Civil Veterinary Dept. Bombay admin report 1923-31 - 1923-1931
Year: 1923
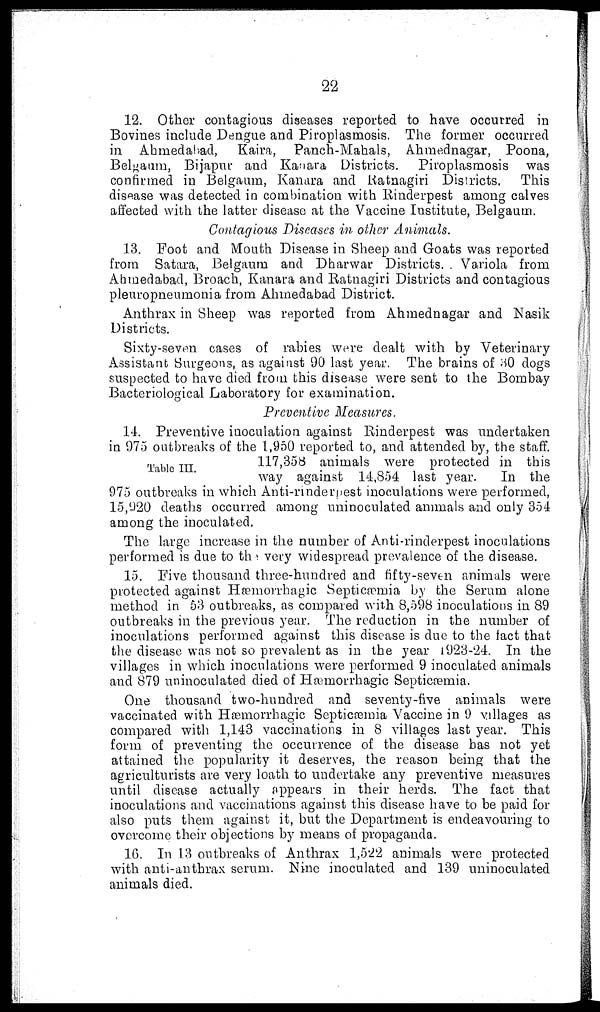
22
12. Other contagious diseases reported to have occurred in
Bovines include Dengue and Piroplasmosis. The former occurred
in Ahmedabad, Kaira, Panch-Mahals, Ahmednagar, Poona,
Belgaum, Bijapur and Kanara Districts. Piroplasmosis was
confirmed in Belgaum, Kanara and Ratnagiri Districts. This
disease was detected in combination with Rinderpest among calves
affected with the latter disease at the Vaccine Institute, Belgaum.
Contagious Diseases in other Animals.
13. Foot and Mouth Disease in Sheep and Goats was reported
from Satara, Belgaum and Dharwar Districts. Variola from
Ahmedabad, Broach, Kanara and Ratnagiri Districts and contagious
pleuropneumonia from Ahmedabad District.
Anthrax in Sheep was reported from Ahmednagar and Nasik
Districts.
Sixty-seven cases of rabies were dealt with by Veterinary
Assistant Surgeons, as against 90 last year. The brains of HO dogs
suspected to have died from this disease were sent to the Bombay
Bacteriological Laboratory for examination.
Preventive Measures.
Table III.
14. Preventive inoculation against Rinderpest was undertaken
in 975 outbreaks of the 1,950 reported to, and attended by, the staff.
117,358 animals were protected in this
way against 14,854 last year.
In the
975 outbreaks in which Anti-rinderpest inoculations were performed,
15,920 deaths occurred among uninoculated animals and only 354
among the inoculated.
The large increase in the number of Anti-rinderpest inoculations
performed is due to the very widespread prevalence of the disease.
15. Five thousand three-hundred and fifty-seven animals were
protected against Hemorrhagic Septicæmia by the Serum alone
method in 53 outbreaks, as compared with 8,598 inoculations in 89
outbreaks in the previous year. The reduction in the number of
inoculations performed against this disease is due to the fact that
the disease was not so prevalent as in the year 1923-24. In the
villages in which inoculations were performed 9 inoculated animals
and 879 uninoculated died of Hemorrhagic Septicemia.
One thousand two-hundred and seventy-five animals were
vaccinated with Hemorrhagic Septicemia Vaccine in 9 villages as
compared with 1,143 vaccinations in 8 villages last year. This
form of preventing the occurrence of the disease has not yet
attained the popularity it deserves, the reason being that the
agriculturists are very loath to undertake any preventive measures
until disease actually appears in their herds. The fact that
inoculations and vaccinations against this disease have to be paid for
also puts them against it, but the Department is endeavouring to
overcome their objections by means of propaganda.
16. In 13 outbreaks of Anthrax 1,522 animals were protected
with anti-anthrax serum. Nine inoculated and 139 uninoculated
animals died.